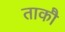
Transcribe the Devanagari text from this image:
ताकौ